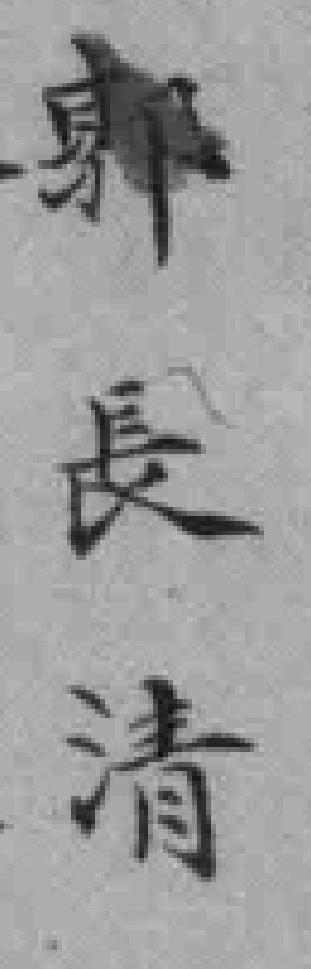
郭長清